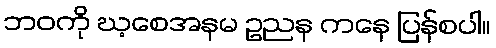
ဘဝကို ဃ့စေအနမ ဥညန ကနေ ပြန်စပါ။